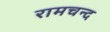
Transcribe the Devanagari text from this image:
रामचन्द